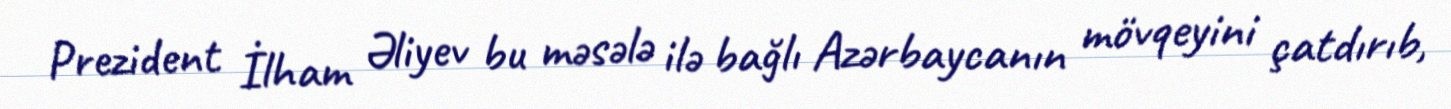
Prezident İlham Əliyev bu məsələ ilə bağlı Azərbaycanın mövqeyini çatdırıb,